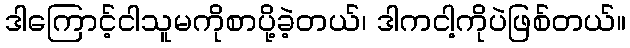
ဒါကြောင့်ငါသူမကိုစာပို့ခဲ့တယ်၊ ဒါကငါ့ကိုပဲဖြစ်တယ်။